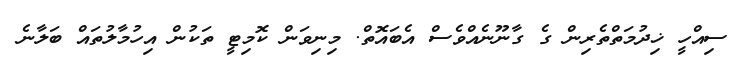
ސިއްހީ ޚިދުމަތްތެރިން ގެ ގާނޫނެއްވެސް އެބައޮތް. މިނިވަން ކޮމިޓީ ތަކުން އިހުމާލުތައް ބަލާނެ